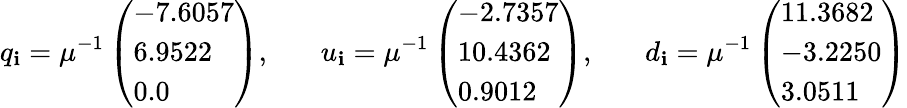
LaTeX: q_{\mathbf{i}}=\mu^{-1}\left(\begin{array}{l}{{-7.6057}}\\ {{6.9522}}\\ {{0.0}}\end{array}\right),\ \ \ \ \ \ \ u_{\mathbf{i}}=\mu^{-1}\left(\begin{array}{l}{{-2.7357}}\\ {{10.4362}}\\ {{0.9012}}\end{array}\right),\ \ \ \ \ \ \ d_{\mathbf{i}}=\mu^{-1}\left(\begin{array}{l}{{11.3682}}\\ {{-3.2250}}\\ {{3.0511}}\end{array}\right)